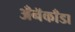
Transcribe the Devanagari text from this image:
अँनॅकाँडा